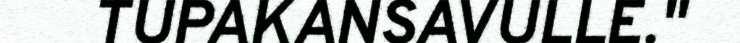
TUPAKANSAVULLE."